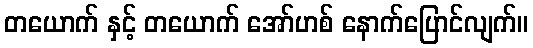
တယောက် နှင့် တယောက် အော်ဟစ် နောက်ပြောင်လျက်။